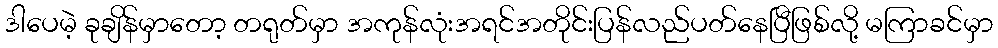
ဒါပေမဲ့ ခုချိန်မှာတော့ တရုတ်မှာ အကုန်လုံးအရင်အတိုင်းပြန်လည်ပတ်နေပြီဖြစ်လို့ မကြာခင်မှာ